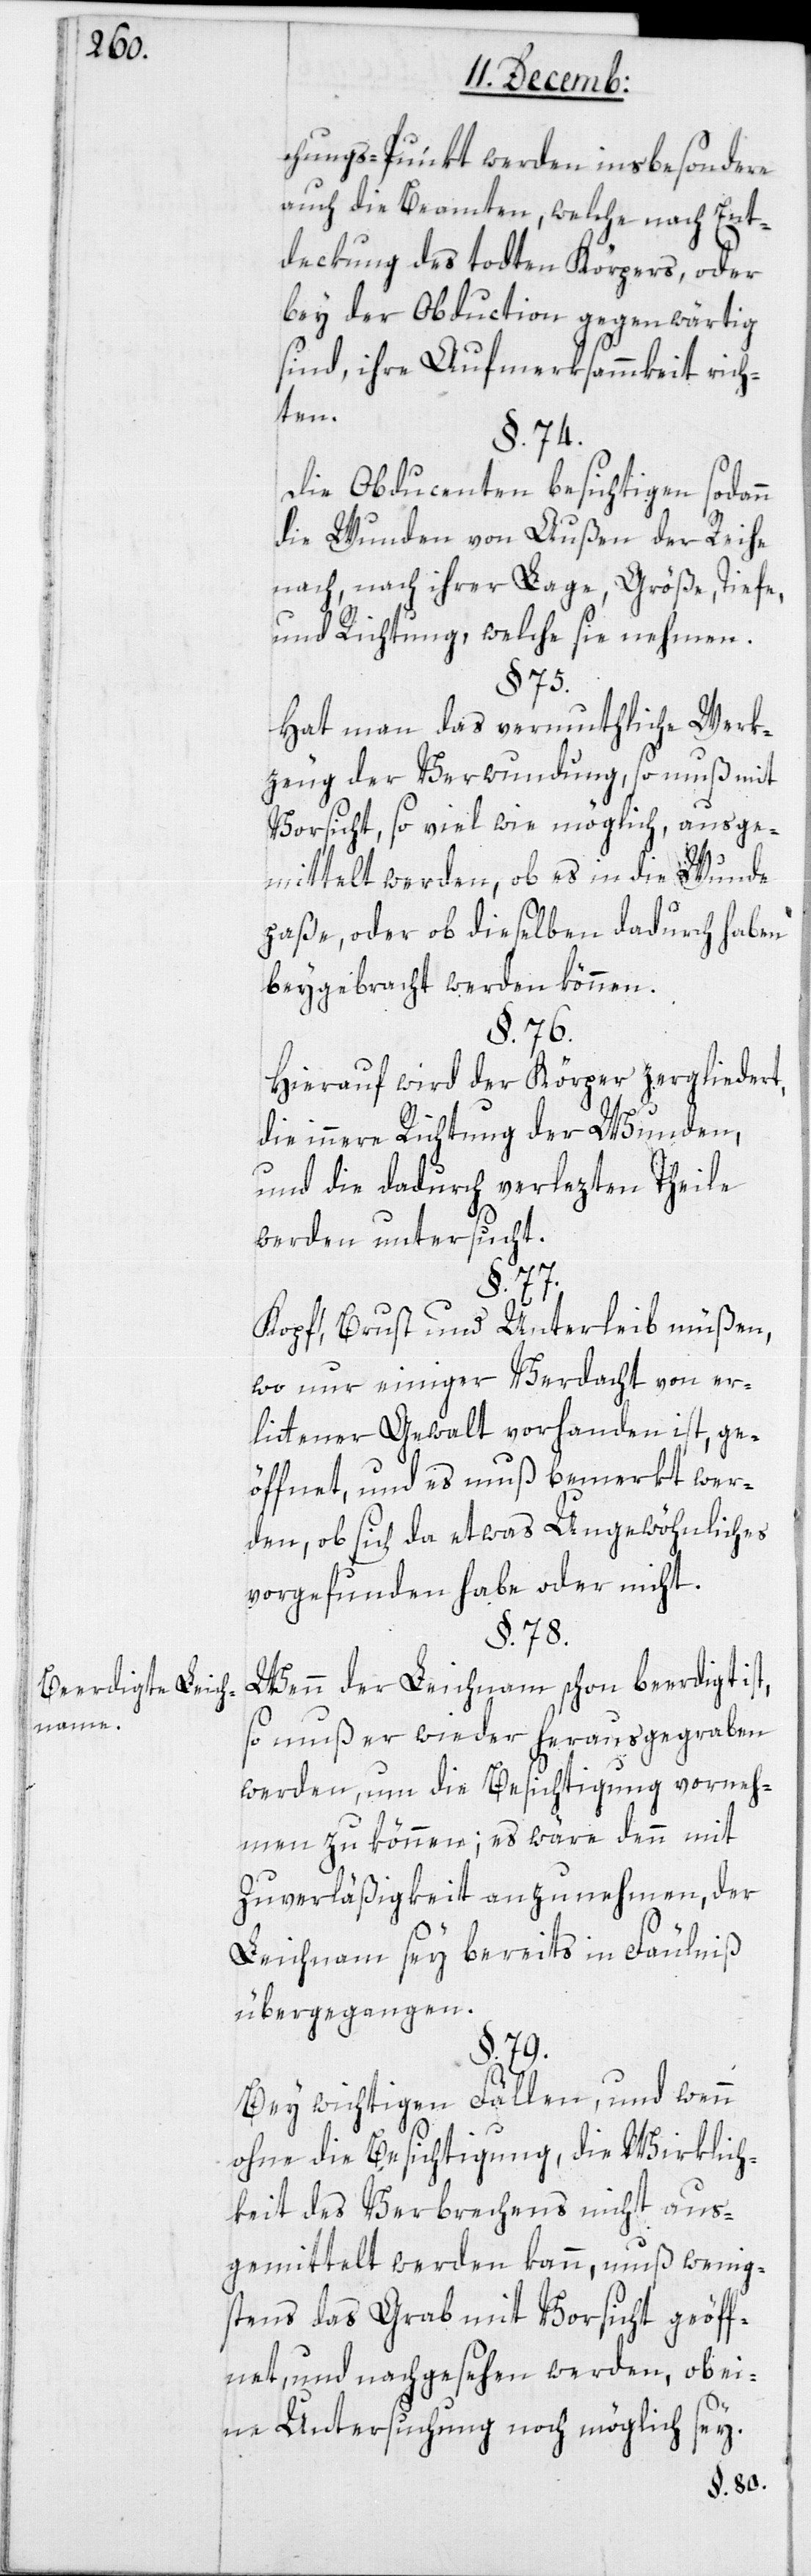
Beerdigte Leich¬
name.

chungs-Punkt werden insbesondere
auch die Beamten, welche nach Ent¬
dekung des todten Körpers, oder
bey der Obduction gegenwärtig
sind, ihre Aufmerksammkeit rich¬
ten.
§. 74.
Die Obducenten besichtigen sodann
die Wunden von außen der Reihe
nach, nach ihrer Lage, Größe, Tiefe
und Richtung, welche sie nehmen.
Hat man das vermuthliche Werk¬
zeug der Verwundung, so muß mit
Vorsicht, soviel wie möglich, ausge¬
mittelt werden, ob es in die Wunde
paße, oder ob dieselben dadurch haben
beygebracht werden können.
§. 76.
Hierauf wird der Körper zergliedert,
die innere Richtung der Wunden,
und die dadurch verlezten Theile
werden untersucht.
Kopf, Brust und Unterleib müßen,
wo nur einiger Verdacht von er¬
littener Gewalt vorhanden ist, ge¬
öffnet, und es muß bemerkt wer¬
den, ob sich da etwas Ungewöhnliches
vorgefunden habe oder nicht.
§. 78.
Wenn der Leichnam schon beerdigt
so muß er wieder herausgegraben
werden, um die Besichtigung vorneh¬
men zu können; es wäre denn mit
Zuverläßigkeit anzunehmen, der
Leichnam sey bereits in Fäulnis
übergegangen.
§. 79.
Bei wichtigen Fällen, und wenn
ohne die Besichtigung, die Wirklich¬
keit des Verbrechens nicht aus¬
gemittelt werden kann, muß wenig¬
stens das Grab mit Vorsicht geöff¬
net, und nachgesehen werden, ob ei¬
ne Untersuchung noch möglich sey.